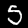
Label: 5